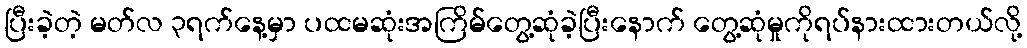
ပြီးခဲ့တဲ့ မတ်လ ၃ရက်နေ့မှာ ပထမဆုံးအကြိမ်တွေ့ဆုံခဲ့ပြီးနောက် တွေ့ဆုံမှုကိုရပ်နားထားတယ်လို့